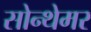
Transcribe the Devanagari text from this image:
सोन्थेमर